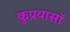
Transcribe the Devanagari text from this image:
कुप्रयासॉ